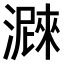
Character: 𤀛